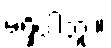
မရှိပါဘူး။